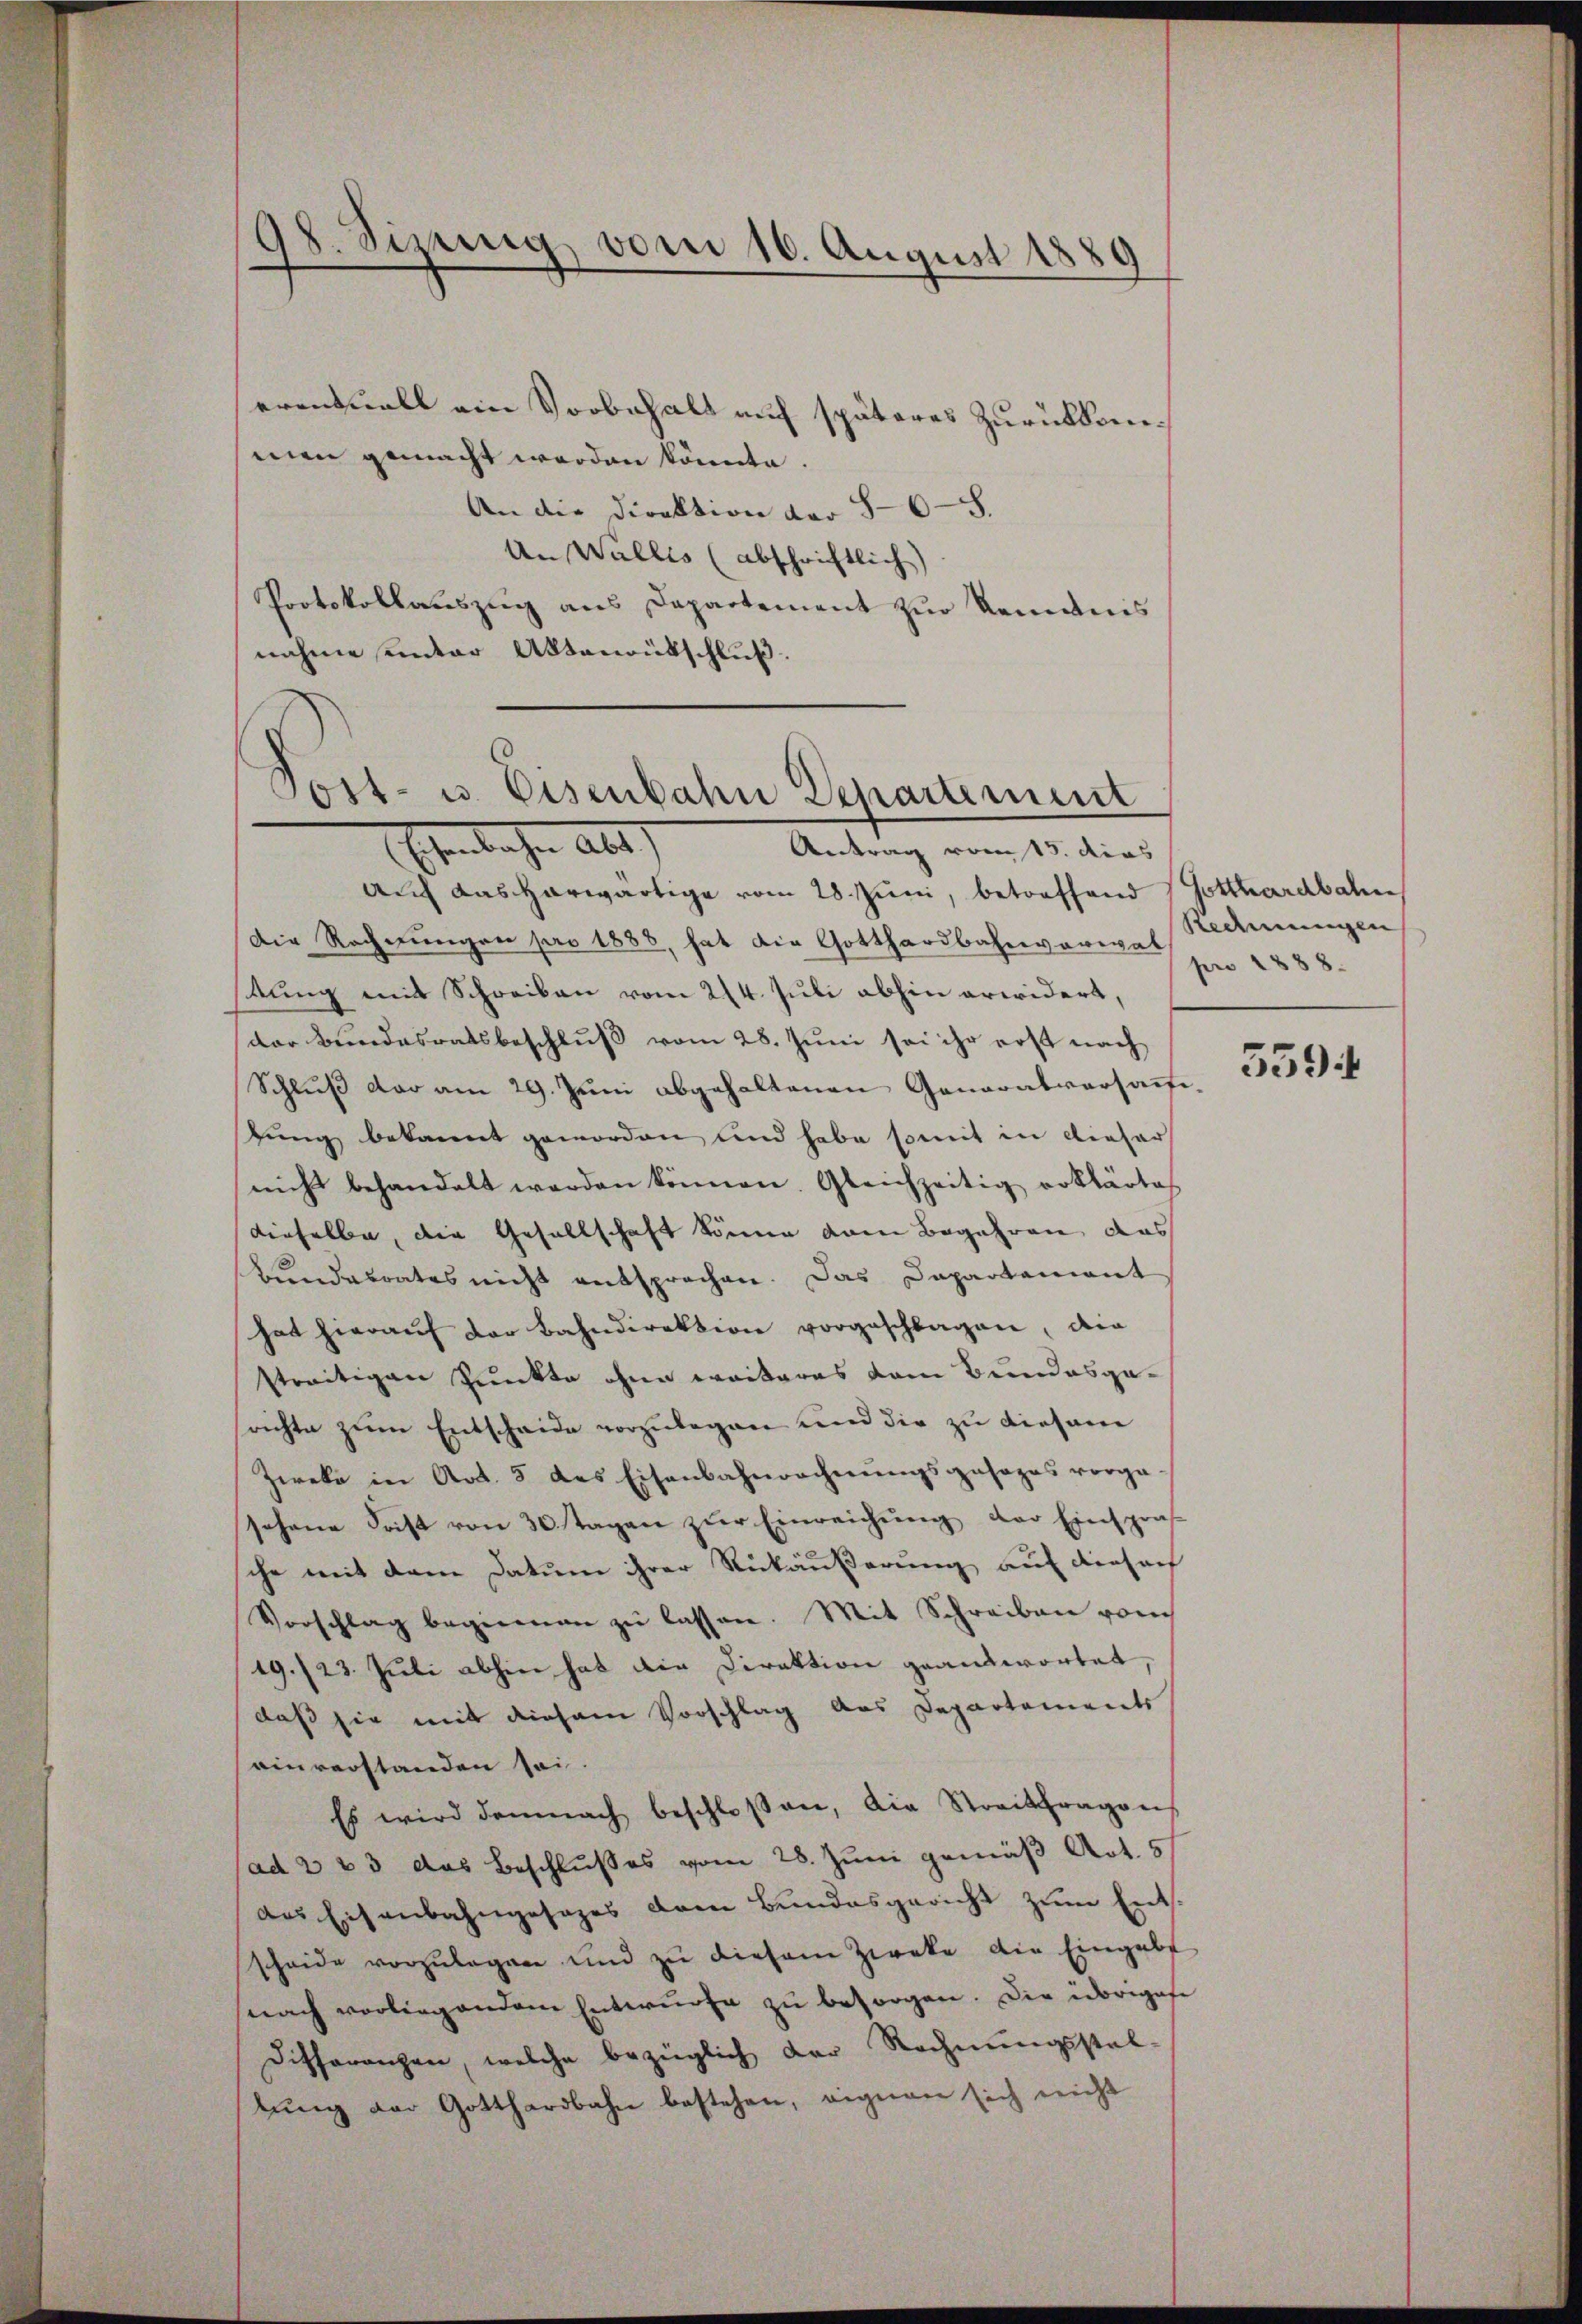
erentuell ein Vorbehalt auf späteres Zurückkommen gemacht werden könnte.
An die Direktion der 868.
An Wallis (abschriftlich)
Protokollauszug aus Departement zur Romanis
nahme unter Aktenantschluß.

98. Sizung vom 16. August 1889

Ehrbahn als
Antrag vom 15. dies
auch Kasparwärtige vom 28. Juni, betreffend Gotthardbahn
Die Rechnungen pro 1886, hat die Gotthardbahnverwal
stung mit Schreiben vom 214. Juli abhin erwidert,
der Bundesratsbeschluß vom 28. Juni sei ihr erst nach
Schluß der am 29. Juni abgehaltenen Genaratversaufe,
lung bekannt geworden und habe somit in dieser
nicht behandelt werden können. Gleichzeitig erklärtes
dieselbe, die Gesellschaft könne vom Begehren, das
Bundesrates nicht entsprochen. Das Dapartement
hat hieraŭf der Bahndirektion vorgeschlagen, die
streitigen Punkte ohne weiteres vom Bundesgerichte zum Entscheide vorzulegen und die zu diesem
Zweke in Art. 3 des Eisenbahnrechnungsgesezes vorge-
sehene Frist von 30 Tagen zŭr Einreichung der Einspra
sche mit dem Datum ihrer Rückäußerung auf diesach
Vorschlag begienen zu lassen. Mit Schreiben vom
19./23. Juli abhin hat die Direktion geantwortet,
daß sie mit diesem Vorschlag des Departements
einverstanden sei
Es wird demnach beschlossen, die Streitfragen
ad 2 & 3 das Beschlußes vom 28. Juni gemäß Art. 5
das Eisenbahngesages dem Bundesgericht zum Entsscheide vorzŭlegen und zu diesem Zwecke die Eingabt
nach vorliegendem Entwürfe zŭ besorgen. Die übrigese
Dithoranzen, welche bezüglich der Rechnungsstat-
tŭng der Gotthardbahn bestehen, eignen sich nicht

Post- u. Eisenbahn Departement

Redmungen
pro 1888.

559